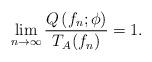
LaTeX: \begin{align*}\lim_{n\rightarrow \infty}\frac{Q\left(f_{n};\phi\right)}{T_{A}(f_{n})}=1.\end{align*}